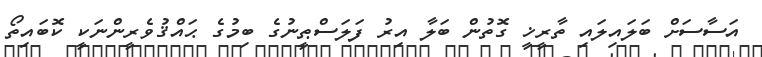
އަސާސަށް ބަލައިލައި ތާރީޚީ ގޮތުން ބަލާ އިރު ފަލަސްޠީނުގެ ބިމުގެ ޙައްޤުވެރީންނަކީ ކޮބައިތޯ